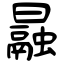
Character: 曧